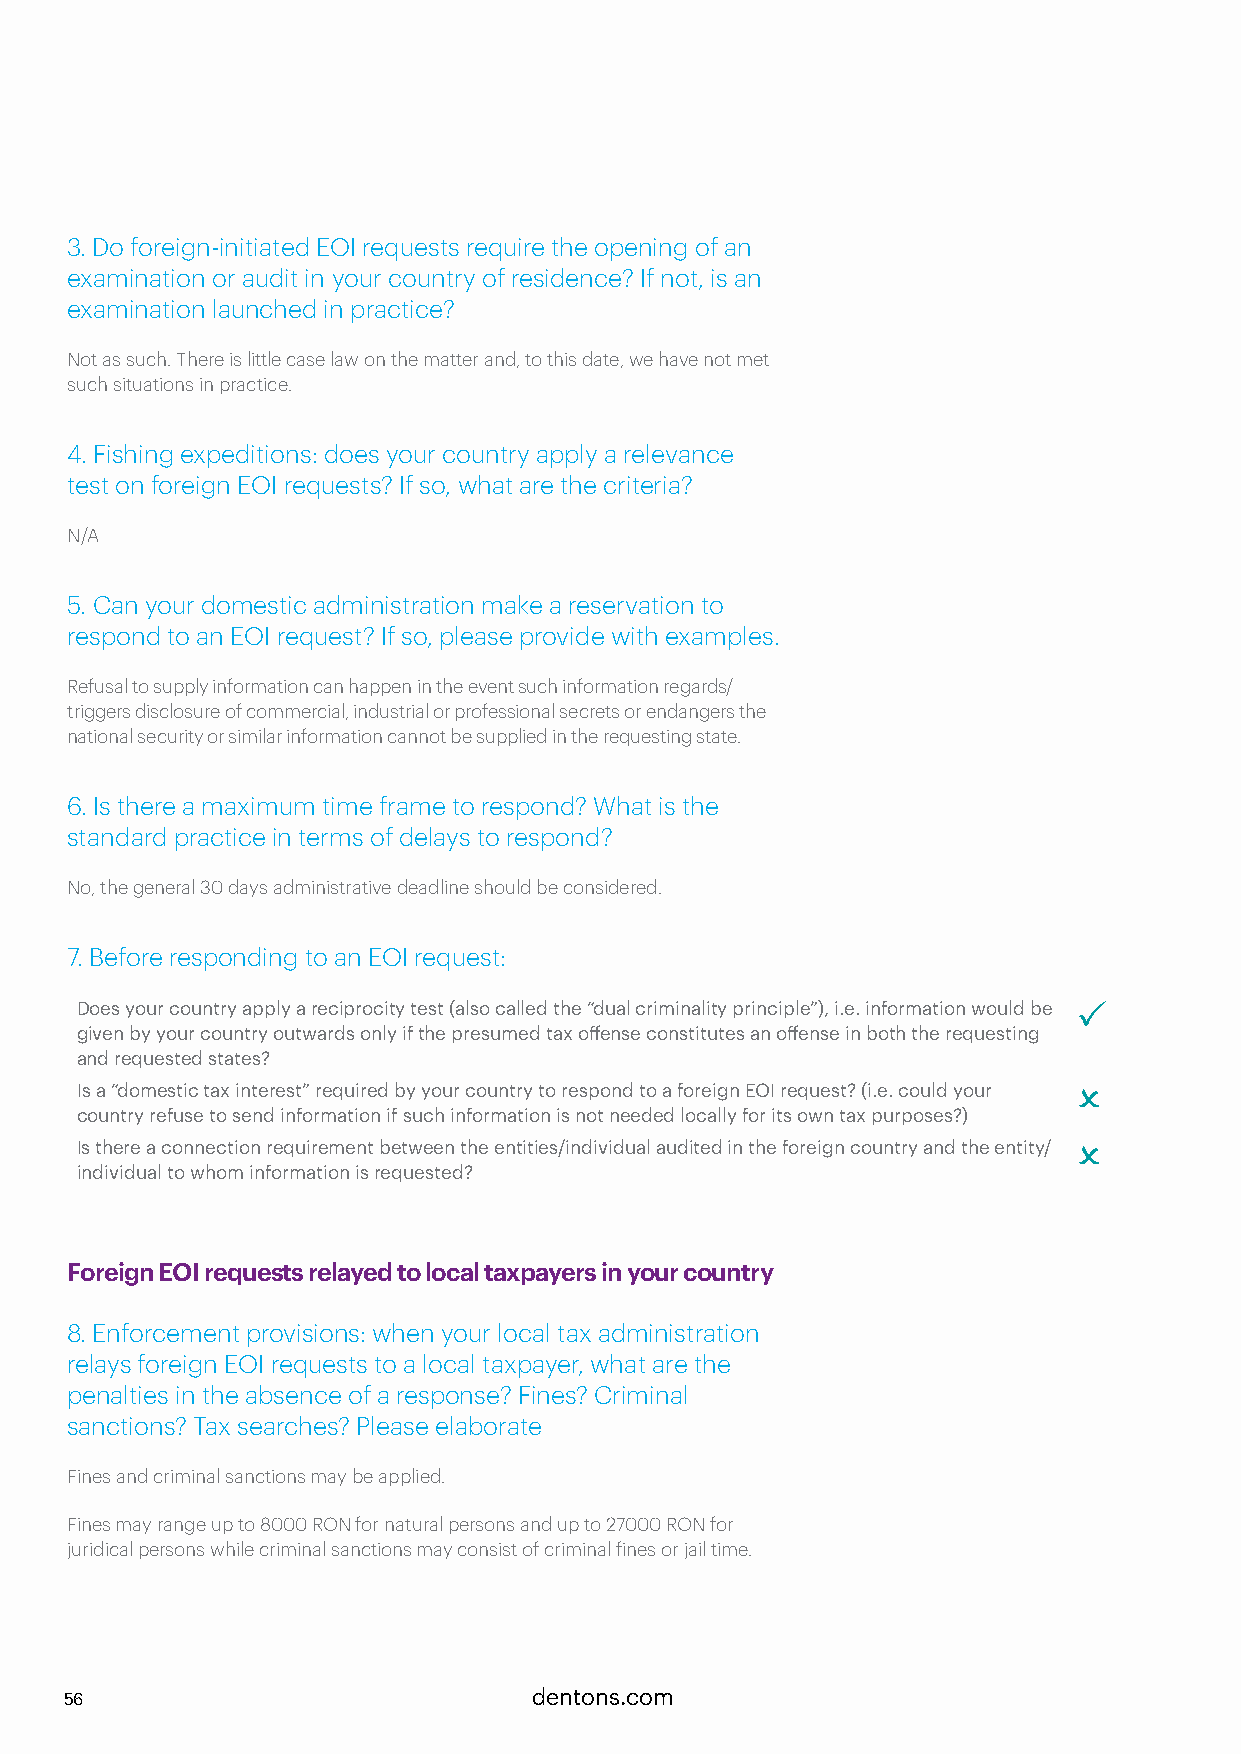
3. Do foreign-initiated EOI requests require the opening of an
 examination or audit in your country of residence? If not, is an
 examination launched in practice?
 Not as such. There is little case law on the matter and, to this date, we have not met
 such situations in practice.
 4. Fishing expeditions: does your country apply a relevance
 test on foreign EOI requests? If so, what are the criteria?
 N/A
 5. Can your domestic administration make a reservation to
 respond to an EOI request? If so, please provide with examples.
 Refusal to supply information can happen in the event such information regards/
 triggers disclosure of commercial, industrial or professional secrets or endangers the
 national security or similar information cannot be supplied in the requesting state.
 6. Is there a maximum time frame to respond? What is the
 standard practice in terms of delays to respond?
 No, the general 30 days administrative deadline should be considered.
 7. Before responding to an EOI request:
 Does your country apply a reciprocity test (also called the “dual criminality principle”), i.e. information would be P
 given by your country outwards only if the presumed tax offense constitutes an offense in both the requesting
 and requested states?
 Is a “domestic tax interest” required by your country to respond to a foreign EOI request? (i.e. could your O
 country refuse to send information if such information is not needed locally for its own tax purposes?)
 Is there a connection requirement between the entities/individual audited in the foreign country and the entity/ O
 individual to whom information is requested?
 Foreign EOI requests relayed to local taxpayers in your country
 8. Enforcement provisions: when your local tax administration
 relays foreign EOI requests to a local taxpayer, what are the
 penalties in the absence of a response? Fines? Criminal
 sanctions? Tax searches? Please elaborate
 Fines and criminal sanctions may be applied.
 Fines may range up to 8000 RON for natural persons and up to 27000 RON for
 juridical persons while criminal sanctions may consist of criminal fines or jail time.
 56                             dentons.com